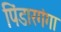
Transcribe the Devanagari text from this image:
पिंडारगंगा